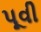
પૂવી